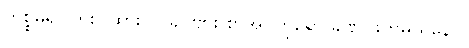
ကိစ္စမရှိပါဘူး။ ထားပါ။ ခင်ဗျား စာအုပ်ကိုရော ခဏ ဖတ်မယ်နော်။